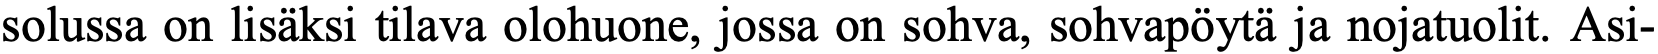
solussa on lisäksi tilava olohuone, jossa on sohva, sohvapöytä ja nojatuolit. Asi-